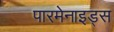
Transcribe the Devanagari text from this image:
पारमेनाइड्स